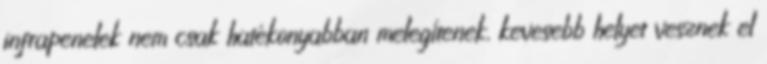
infrapenelek nem csak hatékonyabban melegítenek, kevesebb helyet vesznek el